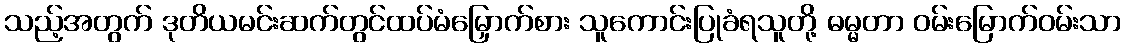
သည့်အတွက် ဒုတိယမင်းဆက်တွင်ထပ်မံမြှောက်စား သူကောင်းပြုခံရသူတို့ ဓမ္မတာ ဝမ်းမြောက်ဝမ်းသာ